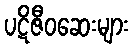
ပဋိဇီဝဆေးများ